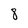
Character: 8